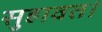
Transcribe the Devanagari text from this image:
सुहावत।